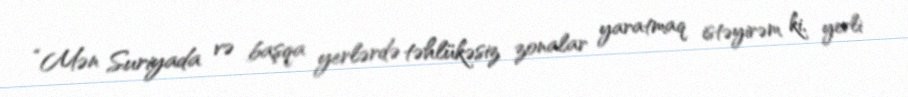
“Mən Suriyada və başqa yerlərdə təhlükəsiz zonalar yaratmaq istəyirəm ki, yerli